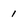
Character: 1